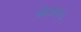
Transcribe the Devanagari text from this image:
औटोमेटा